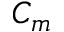
C _ { m }